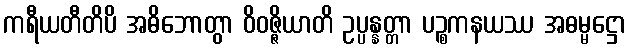
ကရီယတီတိပိ အဓိဘောတွာ ဝိဝဇ္ဇိယာတိ ဥပ္ပန္နတ္တာ ပဉ္စကနယဿ အဓမ္မဋ္ဌော